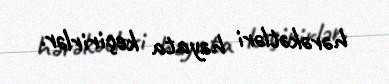
hərəkətləri həyata keçirirlər.